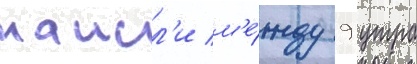
наисл'и м'е́жду 9 утра